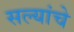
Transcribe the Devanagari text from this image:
सल्यांचे